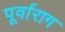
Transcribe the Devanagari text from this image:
पूर्वाराग